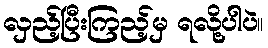
လှည့်ပြီးကြည့်မှ ရလို့ပါပဲ။